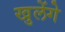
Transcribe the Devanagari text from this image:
खुलेंगे